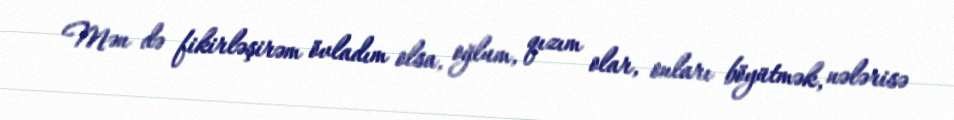
Mən də fikirləşirəm övladım olsa, oğlum, qızım olar, onları böyütmək, nələrisə